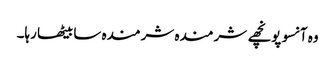
وہ آنسو پونچھے شرمندہ شرمندہ سا بیٹھا رہا۔